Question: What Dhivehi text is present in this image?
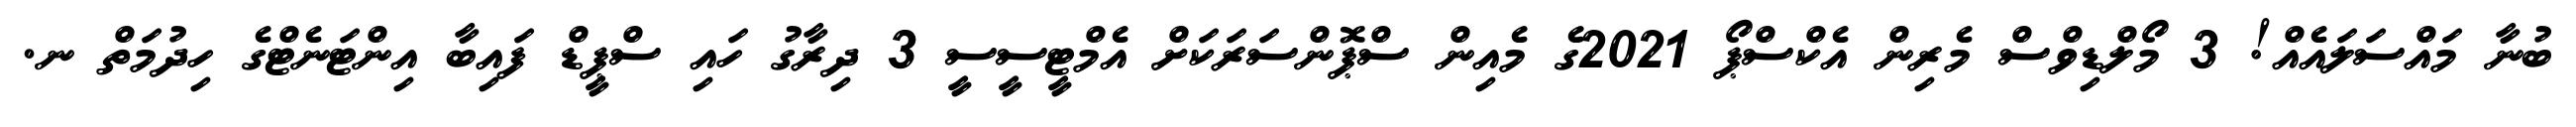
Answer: ބުނާ މައްސަލައެއް! 3 މޯލްޑިވްސް މެރިން އެކްސްޕޯ 2021ގެ މެއިން ސްޕޮންސަރަކަށް އެމްޓީސީސީ 3 ދިރާގު ހައި ސްޕީޑް ފައިބާ އިންޓަނެޓްގެ ހިދުމަތް ނ.